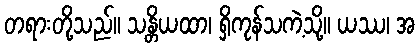
တရားတို့သည်။ သန္တိယထာ၊ ရှိကုန်သကဲ့သို့။ ယဿ၊ အ